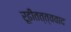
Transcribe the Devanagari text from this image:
रूढीतत्त्ववाद